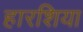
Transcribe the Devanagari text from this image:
हारशिया